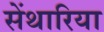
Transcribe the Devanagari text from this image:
सेंथारिया